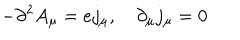
LaTeX: - \partial ^ { 2 } A _ { \mu } = e j _ { \mu } , \quad \partial _ { \mu } j _ { \mu } = 0